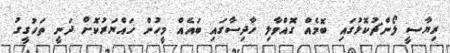
ރިޔާސީ ލޯންޗުކޮޅުގައި ބޮމެއް ގޮއްވާލި ހާދިސާގައި ބައެއް މީހުން ހައްޔަރުކޮށް ދަނީ ތަހުގީގު